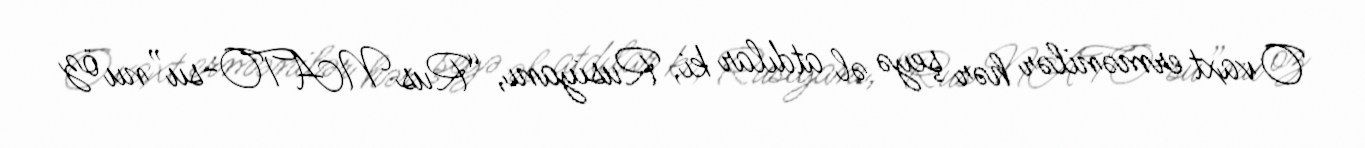
O vaxt ermənilər hər şeyə əl atdılar ki, Rusiyanı, “Rus NATO-su”nu öz